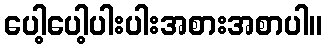
ပေါ့ပေါ့ပါးပါးအစားအစာပါ။